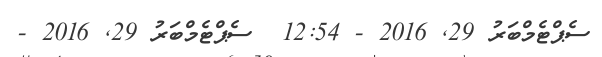
ސެޕްޓެމްބަރު 29